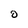
Character: O